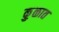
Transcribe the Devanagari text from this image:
कु़ळात